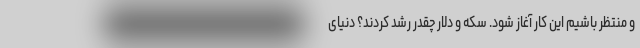
و منتظر باشیم این کار آغاز شود. سکه و دلار چقدر رشد کردند؟ دنیای